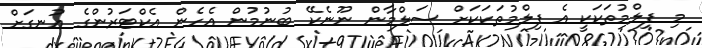
މި ފިލްމުތަކަކީ އެ ފިލްމުތަކަކަށް ސަލްމާން ނޫނެކޭ ބުނުމުން އެހެން އެކްޓަރުންގެ އުނގަށް